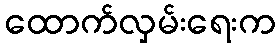
ထောက်လှမ်းရေးက